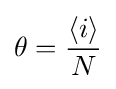
\theta ={\frac {\left\langle i\right\rangle }{N}}